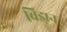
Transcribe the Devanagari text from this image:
विझ़न